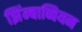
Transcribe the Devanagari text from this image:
झिंम्बाब्वियन